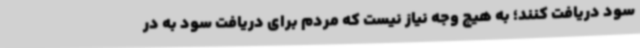
سود دریافت کنند؛ به هیچ وجه نیاز نیست که مردم برای دریافت سود به در